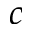
c